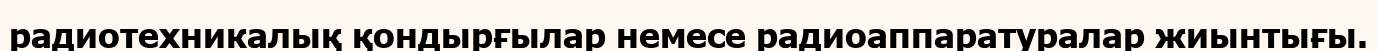
радиотехникалық қондырғылар немесе радиоаппаратуралар жиынтығы.